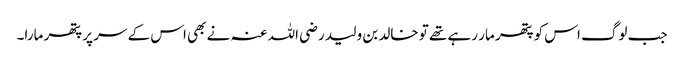
جب لوگ اس کو پتھر مار رہے تھے تو خالد بن ولید رضی اللہ عنہ نے بھی اس کے سر پر پتھر مارا۔